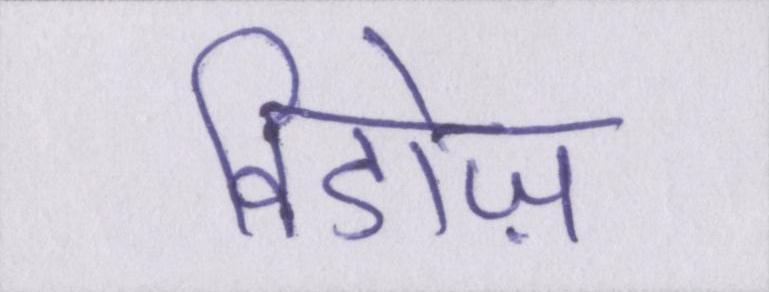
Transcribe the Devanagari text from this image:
विडोज़